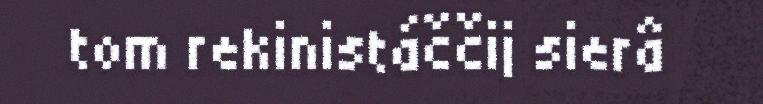
tom rekinistáččij sierâ